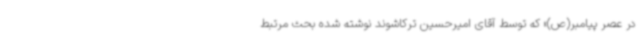
در عصر پیامبر(ص)» که توسط آقای امیرحسین ترکاشوند نوشته شده بحث مرتبط